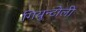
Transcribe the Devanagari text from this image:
गियुन्टोली